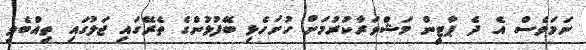
ނަމަވެސް އެ ދެ ޕާޓީން މަޝްވަރާކުރުމަށް ހުށަހެޅި ބޭފުޅުންގެ ތެރޭގައި ޖަލުގައި ތިއްބެވި